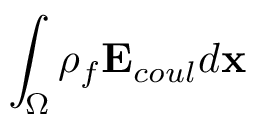
\int _ { \Omega } \rho _ { f } \mathbf { E } _ { c o u l } d \mathbf { x }